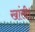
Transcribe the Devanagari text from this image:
खांसी।